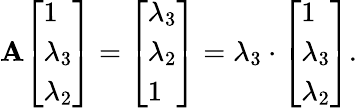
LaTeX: \mathbf{A}{\left[\begin{array}{l}{1}\\ {\lambda_{3}}\\ {\lambda_{2}}\end{array}\right]}={\left[\begin{array}{l}{\lambda_{3}}\\ {\lambda_{2}}\\ {1}\end{array}\right]}=\lambda_{3}\cdot{\left[\begin{array}{l}{1}\\ {\lambda_{3}}\\ {\lambda_{2}}\end{array}\right]}.